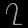
Digit: ၇